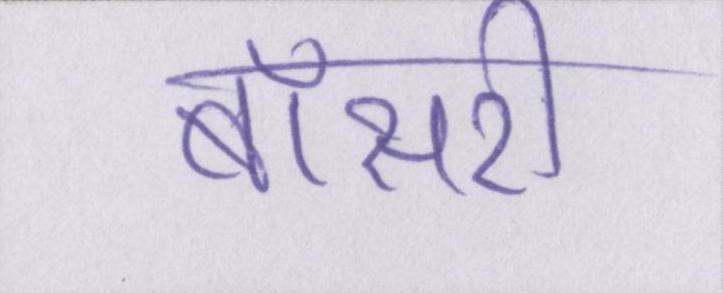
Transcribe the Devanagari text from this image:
बॉसरी